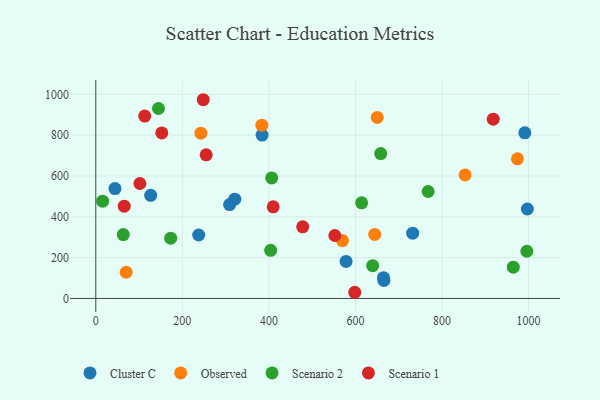
{"axis": {"x": "Engine Size", "y": "Profit"}, "legend": ["Cluster C", "Observed", "Scenario 1", "Scenario 2"], "data": [{"x": "44.3", "y": 538.2, "type": "Cluster C"}, {"x": "664.8", "y": 101.6, "type": "Cluster C"}, {"x": "237.8", "y": 310.9, "type": "Cluster C"}, {"x": "321.2", "y": 486.5, "type": "Cluster C"}, {"x": "732.3", "y": 319.9, "type": "Cluster C"}, {"x": "578.3", "y": 181.6, "type": "Cluster C"}, {"x": "997.3", "y": 438.3, "type": "Cluster C"}, {"x": "126.8", "y": 505.4, "type": "Cluster C"}, {"x": "309.2", "y": 459.7, "type": "Cluster C"}, {"x": "991.4", "y": 811.6, "type": "Cluster C"}, {"x": "665.8", "y": 88.5, "type": "Cluster C"}, {"x": "384.2", "y": 800.2, "type": "Cluster C"}, {"x": "383.7", "y": 848.7, "type": "Observed"}, {"x": "853.4", "y": 605.1, "type": "Observed"}, {"x": "644.5", "y": 313.6, "type": "Observed"}, {"x": "650.4", "y": 886.9, "type": "Observed"}, {"x": "70.2", "y": 128.4, "type": "Observed"}, {"x": "974.4", "y": 684.0, "type": "Observed"}, {"x": "570.0", "y": 283.4, "type": "Observed"}, {"x": "242.8", "y": 809.8, "type": "Observed"}, {"x": "144.9", "y": 930.5, "type": "Scenario 2"}, {"x": "404.1", "y": 235.8, "type": "Scenario 2"}, {"x": "15.8", "y": 476.4, "type": "Scenario 2"}, {"x": "639.8", "y": 160.6, "type": "Scenario 2"}, {"x": "406.5", "y": 590.4, "type": "Scenario 2"}, {"x": "658.4", "y": 710.0, "type": "Scenario 2"}, {"x": "768.0", "y": 524.0, "type": "Scenario 2"}, {"x": "614.3", "y": 468.6, "type": "Scenario 2"}, {"x": "996.1", "y": 231.2, "type": "Scenario 2"}, {"x": "964.7", "y": 153.2, "type": "Scenario 2"}, {"x": "63.6", "y": 313.0, "type": "Scenario 2"}, {"x": "173.1", "y": 295.1, "type": "Scenario 2"}, {"x": "255.1", "y": 703.5, "type": "Scenario 1"}, {"x": "113.1", "y": 893.6, "type": "Scenario 1"}, {"x": "152.5", "y": 810.8, "type": "Scenario 1"}, {"x": "918.4", "y": 878.3, "type": "Scenario 1"}, {"x": "101.9", "y": 563.3, "type": "Scenario 1"}, {"x": "552.4", "y": 308.5, "type": "Scenario 1"}, {"x": "248.2", "y": 973.6, "type": "Scenario 1"}, {"x": "598.4", "y": 30.3, "type": "Scenario 1"}, {"x": "65.7", "y": 452.3, "type": "Scenario 1"}, {"x": "478.1", "y": 351.0, "type": "Scenario 1"}, {"x": "409.9", "y": 448.7, "type": "Scenario 1"}]}